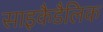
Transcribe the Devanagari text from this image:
साइकैडैलिक